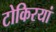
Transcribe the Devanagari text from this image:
टोकिरयां